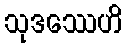
သုဒဿေဟိ